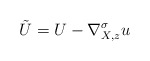
\begin{align*}\tilde U=U-\nabla_{X,z}^\sigma u\end{align*}